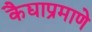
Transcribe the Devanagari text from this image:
कैद्याप्रमाणे